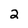
Character: 2